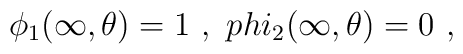
\phi_{1}(\infty,\theta)=1 \ , \ \ \\phi_{2}(\infty,\theta)=0 \ ,